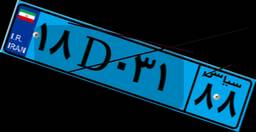
۶۶D۵۸۹۵۲